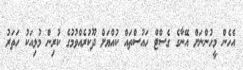
އެހެން މީހުންނަށް އޭނާގެ ގެސްޓް ހައުސްތައް ކުއްޔަށް ދޫކުރެއްވުމުގެ ކުރިން މުޅިއަކު ހަތަރު